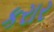
કરાર